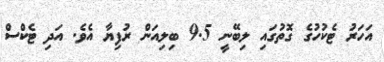
އަހަރު ޓެކުހުގެ ގޮތުގައި ލިބޭނީ 9.5 ބިލިއަން ރުފިޔާ އެވެ. އަދި ޓެކްސް